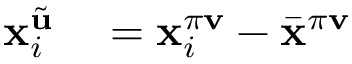
\begin{array} { r l } { \mathbf { x } _ { i } ^ { \tilde { \mathbf { u } } } } & { { } = \mathbf { x } _ { i } ^ { \pi \mathbf { v } } - \bar { \mathbf { x } } ^ { \pi \mathbf { v } } } \end{array}